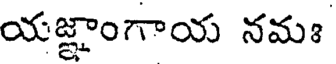
యజ్ఞాంగాయ నమః